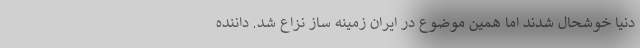
دنیا خوشحال شدند اما همین موضوع در ایران زمینه ساز نزاع شد. داننده